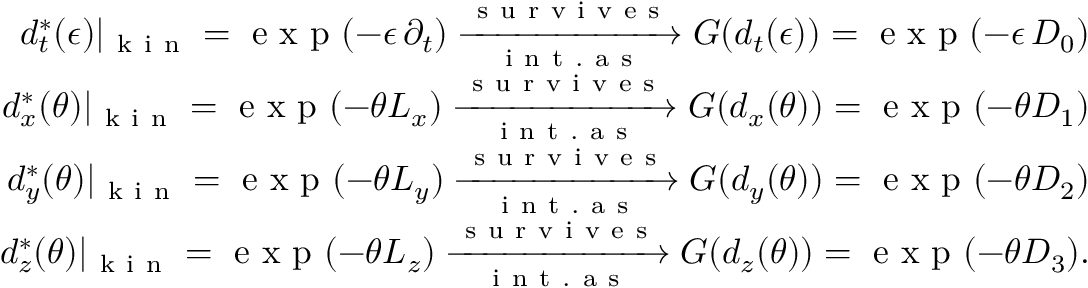
\begin{array} { r } { d _ { t } ^ { * } ( \epsilon ) \vert _ { \mathrm { ~ k ~ i ~ n ~ } } = \mathrm { ~ e ~ x ~ p ~ } ( - \epsilon \, \partial _ { t } ) \xrightarrow [ \mathrm { ~ i ~ n ~ t ~ . ~ a ~ s ~ } ] { \mathrm { ~ s ~ u ~ r ~ v ~ i ~ v ~ e ~ s ~ } } G ( d _ { t } ( \epsilon ) ) = \mathrm { ~ e ~ x ~ p ~ } ( - \epsilon \, D _ { 0 } ) } \\ { d _ { x } ^ { * } ( \theta ) \vert _ { \mathrm { ~ k ~ i ~ n ~ } } = \mathrm { ~ e ~ x ~ p ~ } ( - \theta L _ { x } ) \xrightarrow [ \mathrm { ~ i ~ n ~ t ~ . ~ a ~ s ~ } ] { \mathrm { ~ s ~ u ~ r ~ v ~ i ~ v ~ e ~ s ~ } } G ( d _ { x } ( \theta ) ) = \mathrm { ~ e ~ x ~ p ~ } ( - \theta D _ { 1 } ) } \\ { d _ { y } ^ { * } ( \theta ) \vert _ { \mathrm { ~ k ~ i ~ n ~ } } = \mathrm { ~ e ~ x ~ p ~ } ( - \theta L _ { y } ) \xrightarrow [ \mathrm { ~ i ~ n ~ t ~ . ~ a ~ s ~ } ] { \mathrm { ~ s ~ u ~ r ~ v ~ i ~ v ~ e ~ s ~ } } G ( d _ { y } ( \theta ) ) = \mathrm { ~ e ~ x ~ p ~ } ( - \theta D _ { 2 } ) } \\ { d _ { z } ^ { * } ( \theta ) \vert _ { \mathrm { ~ k ~ i ~ n ~ } } = \mathrm { ~ e ~ x ~ p ~ } ( - \theta L _ { z } ) \xrightarrow [ \mathrm { ~ i ~ n ~ t ~ . ~ a ~ s ~ } ] { \mathrm { ~ s ~ u ~ r ~ v ~ i ~ v ~ e ~ s ~ } } G ( d _ { z } ( \theta ) ) = \mathrm { ~ e ~ x ~ p ~ } ( - \theta D _ { 3 } ) . } \end{array}